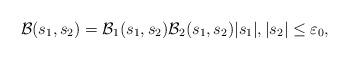
LaTeX: \begin{align*} \mathcal{B}(s_1,s_2) = \mathcal{B}_1(s_1,s_2) \mathcal{B}_2(s_1,s_2) |s_1|,|s_2| \le \varepsilon_0,\end{align*}